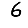
Digit: 6